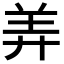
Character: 𬙬